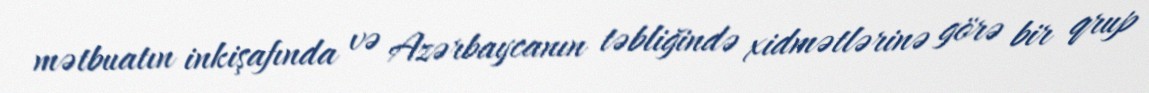
mətbuatın inkişafında və Azərbaycanın təbliğində xidmətlərinə görə bir qrup